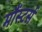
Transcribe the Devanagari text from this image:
मौंस्टर्स